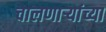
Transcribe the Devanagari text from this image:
चालणार्‍यांच्या